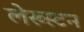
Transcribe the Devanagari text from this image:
लेख्स्टन